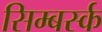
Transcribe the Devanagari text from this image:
सिम्बर्स्क